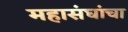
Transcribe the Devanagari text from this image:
महासंघांचा